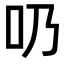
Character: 𠮨